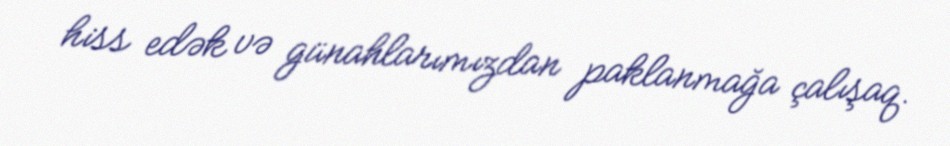
hiss edək və günahlarımızdan paklanmağa çalışaq.